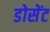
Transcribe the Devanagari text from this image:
डोसेंट